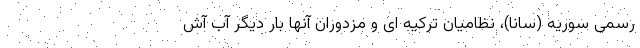
رسمی سوریه (سانا)، نظامیان ترکیه ای و مزدوران آنها بار دیگر آب آش